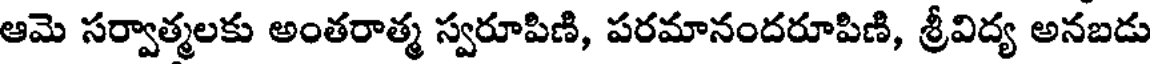
ఆమె సర్వాత్మలకు అంతరాత్మ స్వరూపిణి, పరమానందరూపిణి, శ్రీవిద్య అనబడు